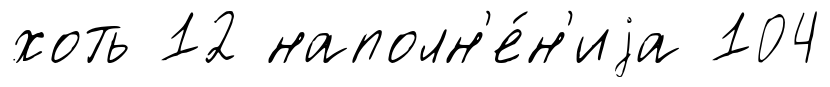
хоть 12 наполн'е́н'иjа 104